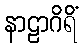
နာဠာဂိရိံ